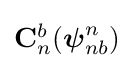
{\textstyle {\bf {C}}_{n}^{b}({\boldsymbol {\psi }}_{nb}^{n})}